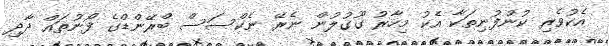
އެކުވެރި ކުންފުނިތަކާ އެކު މިހާރު ގޫގުލުން ނެރޭ ނެކްސަސް ބްރޭންޑްގެ ފޯނުތައް ދާދި